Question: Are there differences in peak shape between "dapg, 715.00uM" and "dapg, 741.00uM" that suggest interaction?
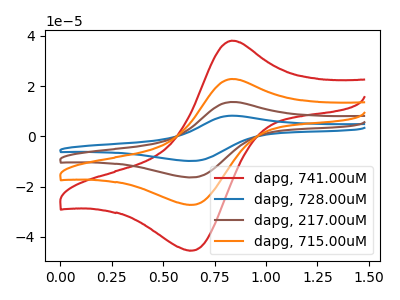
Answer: <think>The red curve "dapg, 741.00uM" has an anodic peak at (0.85V, 38.05uA) and a cathodic peak at (0.65V, -45.45uA). The blue curve "dapg, 728.00uM" has an anodic peak at (0.85V, 68.45uA) and a cathodic peak at (0.65V, -81.80uA). The brown curve "dapg, 217.00uM" has an anodic peak at (0.85V, 45.65uA) and a cathodic peak at (0.65V, -54.55uA). The orange curve "dapg, 715.00uM" has an anodic peak at (0.85V, 22.80uA) and a cathodic peak at (0.65V, -27.25uA).
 All the peaks in "dapg, 715.00uM" have a peak in "dapg, 741.00uM" at the same potential. Every peak in "dapg, 715.00uM" is lower than every peak in "dapg, 741.00uM".</think>
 <answer>No, "dapg, 715.00uM" and "dapg, 741.00uM" don't appear to be significantly different in shape</answer>
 <eval>no_change</eval>